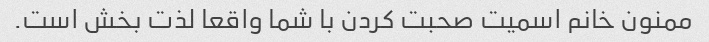
ممنون خانم اسمیت صحبت کردن با شما واقعا لذت بخش است.